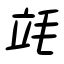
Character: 竓